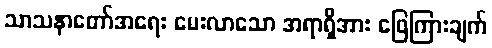
သာသနာတော်အရေး မေးလာသော အရာရှိအား ဖြေကြားချက်